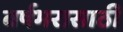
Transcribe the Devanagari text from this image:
वर्षभरासाठी